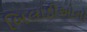
બિલાડીઓનો